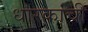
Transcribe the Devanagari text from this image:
धारकांची